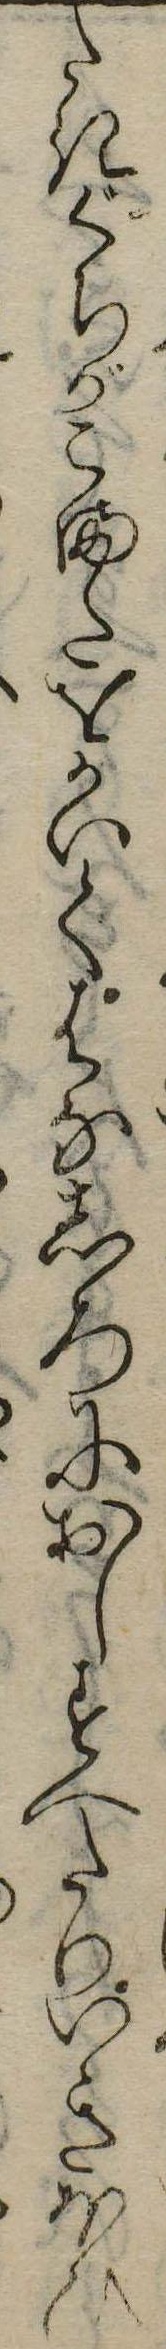
たきぐちがこまたをかいてはなしろにおしすへたりいきほひ